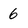
Character: 6